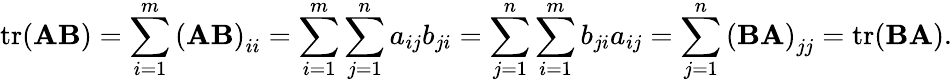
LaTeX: \operatorname{tr}(\mathbf{A}\mathbf{B})=\sum_{i=1}^{m}\left(\mathbf{A}\mathbf{B}\right)_{ii}=\sum_{i=1}^{m}\sum_{j=1}^{n}a_{ij}b_{ji}=\sum_{j=1}^{n}\sum_{i=1}^{m}b_{ji}a_{ij}=\sum_{j=1}^{n}\left(\mathbf{B}\mathbf{A}\right)_{jj}=\operatorname{tr}(\mathbf{B}\mathbf{A}).